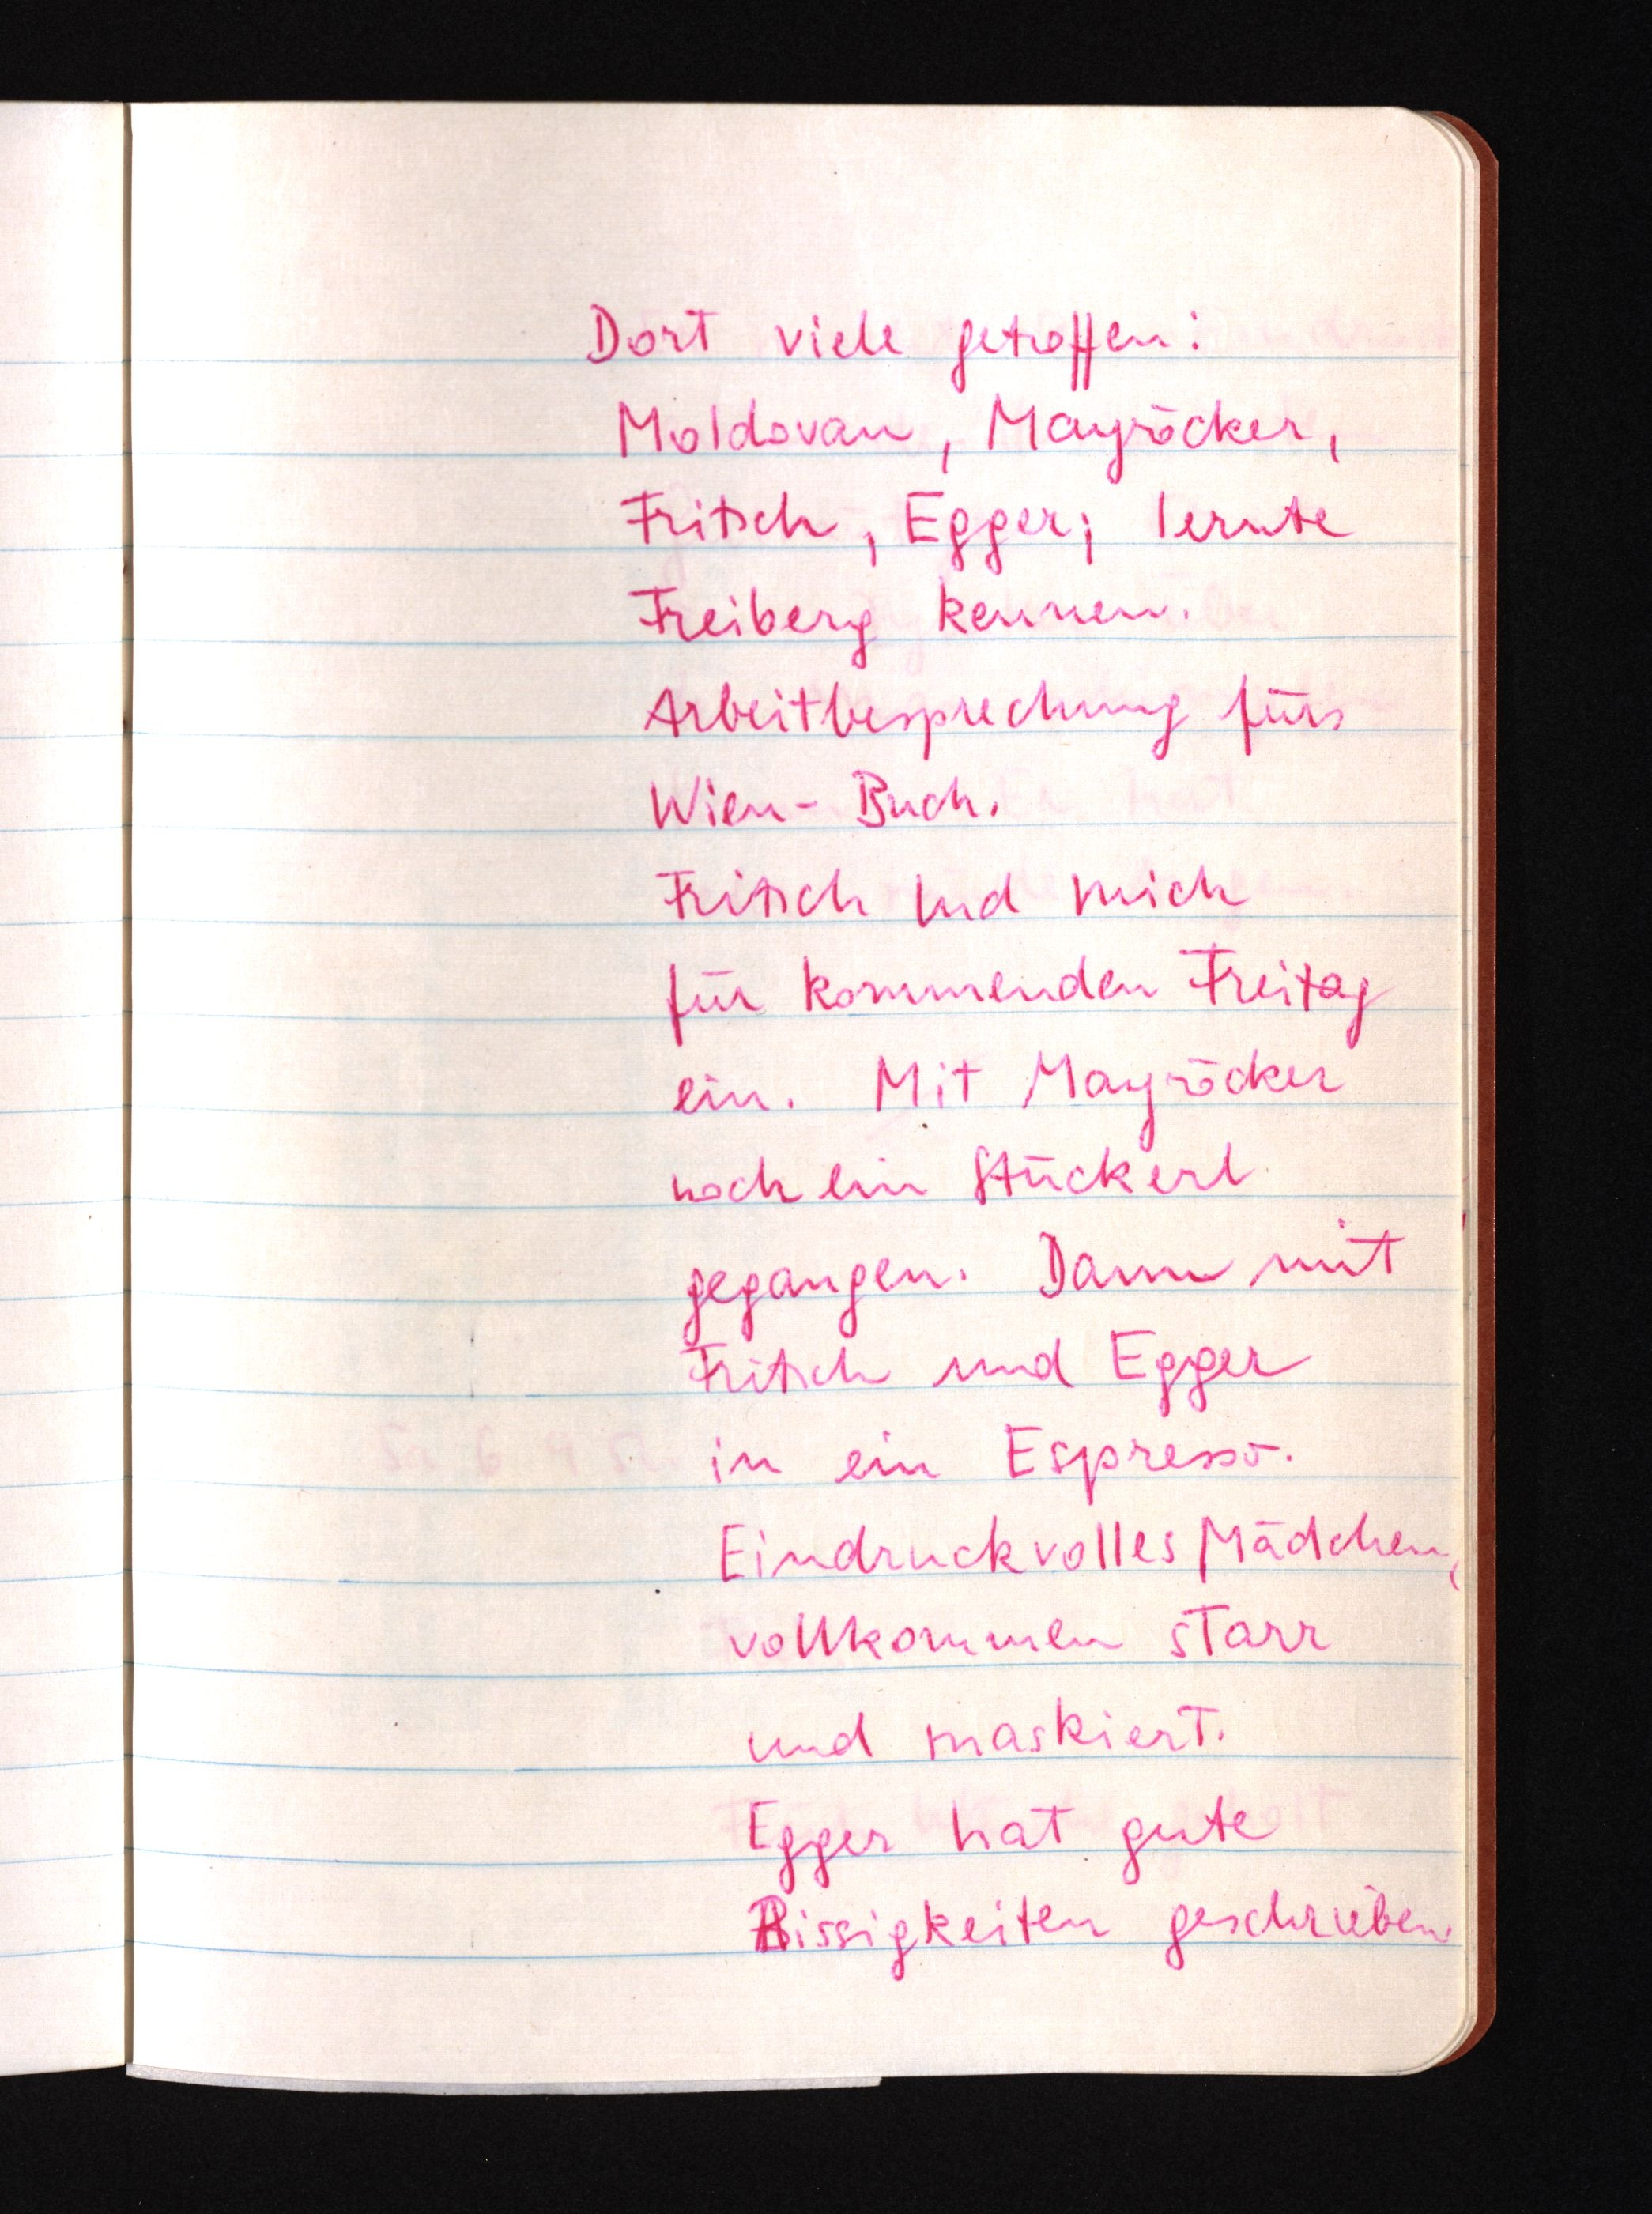
Dort viele getroffen:
Moldovan, Mayröcker,
Fritsch, Egger; lernte
Freiberg kennen.
Arbeitbesprechung fürs
Wien-Buch.
Fritsch lud mich
für kommenden Freitag
ein. Mit Mayröcker
noch ein Stückerl
gegangen. Dann mit
Fritsch und Egger
in ein Espresso.
Eindrucksvolles Mädchen,
vollkommen starr
und maskiert.
Egger hat gute
ABissigkeiten geschrieben.